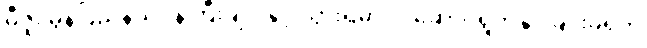
မီဇူး မွန်ပြည်နယ်ဝန်ကြီးချုပ်နှင့် သွားရမှာလဲ ဆောင်ရွက်နိုင်ခြင်းမရှိဘဲ